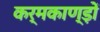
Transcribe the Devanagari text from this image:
कर्मकाण्ड़ों